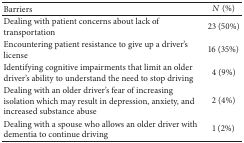
<table><thead><tr><td><b>Barriers</b></td><td><b><i>N</i> (%)</b></td></tr></thead><tbody><tr><td>Dealing with patient concerns about lack of transportation</td><td>23 (50%)</td></tr><tr><td>Encountering patient resistance to give up a driver&#x27;s license</td><td>16 (35%)</td></tr><tr><td>Identifying cognitive impairments that limit an older driver&#x27;s ability to understand the need to stop driving</td><td>4 (9%)</td></tr><tr><td>Dealing with an older driver&#x27;s fear of increasing isolation which may result in depression, anxiety, and increased substance abuse</td><td>2 (4%)</td></tr><tr><td>Dealing with a spouse who allows an older driver with dementia to continue driving</td><td>1 (2%)</td></tr></tbody></table>